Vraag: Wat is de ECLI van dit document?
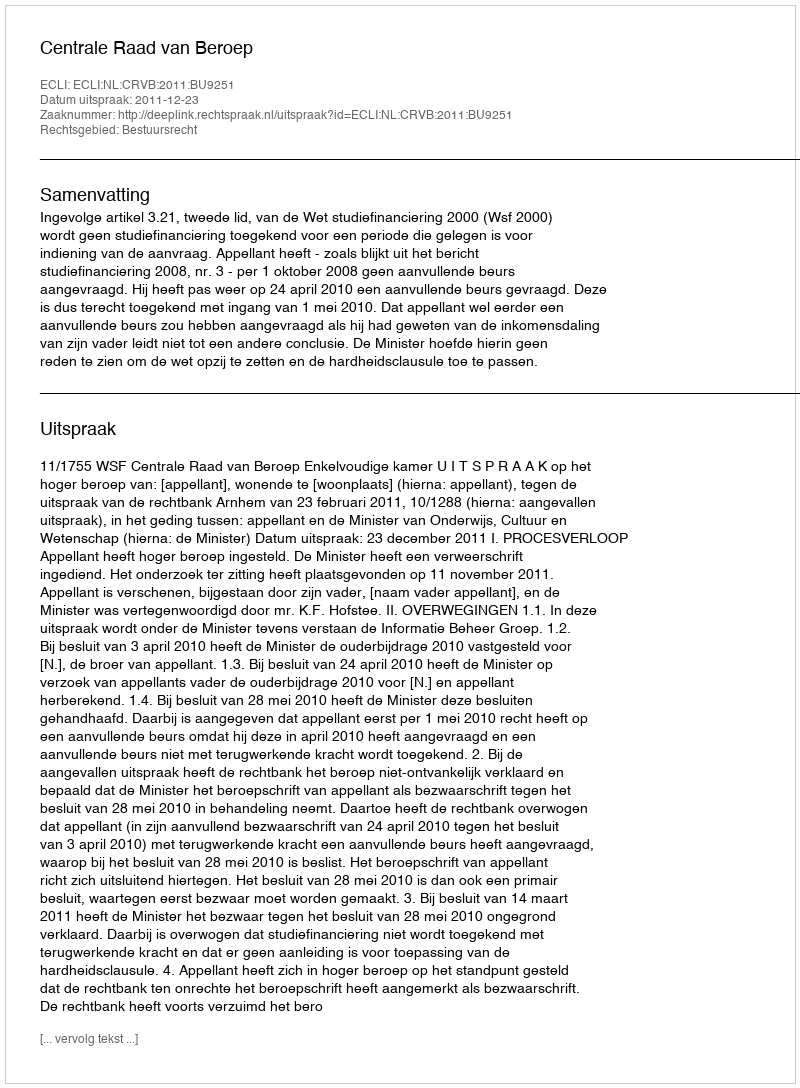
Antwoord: ECLI:NL:CRVB:2011:BU9251